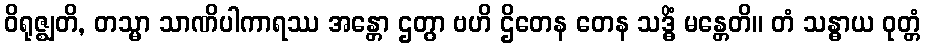
ဝိရုဇ္ဈတိ, တသ္မာ သာဏိပါကာရဿ အန္တော ဌတွာ ဗဟိ ဌိတေန တေန သဒ္ဓိံ မန္တေတိ။ တံ သန္ဓာယ ဝုတ္တံ